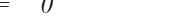
١٥